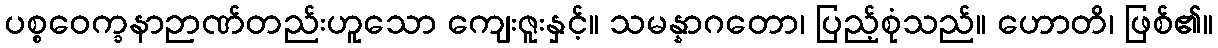
ပစ္စဝေက္ခနာဉာဏ်တည်းဟူသော ကျေးဇူးနှင့်။ သမန္နာဂတော၊ ပြည့်စုံသည်။ ဟောတိ၊ ဖြစ်၏။